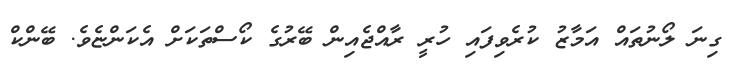
ގިނަ ލޯނުތައް އަމާޒު ކުރެވިފައި ހުރީ ރާއްޖެއިން ބޭރުގެ ކޯސްތަކަށް އެކަންޏެވެ. ބޭންކް